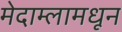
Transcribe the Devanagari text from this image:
मेदाम्लामधून